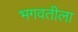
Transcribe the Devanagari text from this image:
भगवतीला